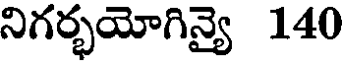
నిగర్భయోగిన్యై 140